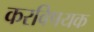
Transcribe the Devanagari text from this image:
करविषयक